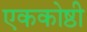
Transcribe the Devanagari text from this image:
एककोष्ठी